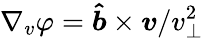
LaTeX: \nabla_{v}\varphi=\boldsymbol{\hat{b}}\times\boldsymbol{v}/v_{\perp}^{2}